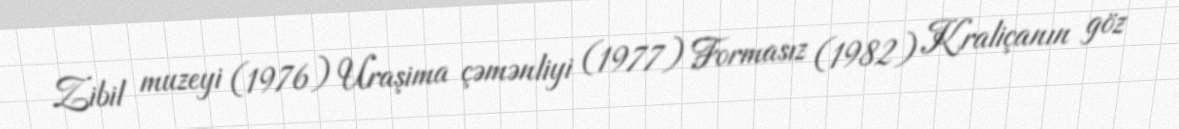
Zibil muzeyi (1976) Uraşima çəmənliyi (1977) Formasız (1982) Kraliçanın göz